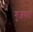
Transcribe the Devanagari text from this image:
गुजराट